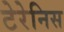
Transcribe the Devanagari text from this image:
टेरेनिस